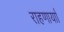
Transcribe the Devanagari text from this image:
राहणार्याा